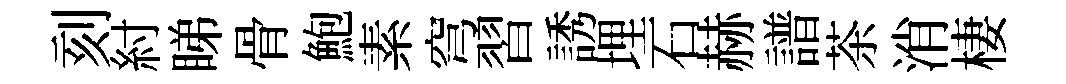
刻紂睇骨鮑素穹習誘埋石赫譜茶消棲